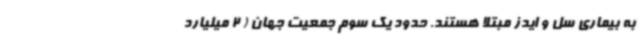
به بیماری سل و ایدز مبتلا هستند. حدود یک سوم جمعیت جهان ( 2 میلیارد